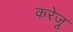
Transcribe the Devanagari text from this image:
करेजू